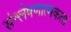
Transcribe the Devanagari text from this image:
संश्लेषणात्मकता